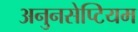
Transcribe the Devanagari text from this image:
अनुनसेप्टियम